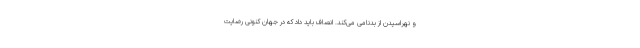
و نهراسیدن از بدنامی می‌کند. انصاف باید داد که در جهان کنونی رضایت